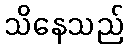
သိနေသည်